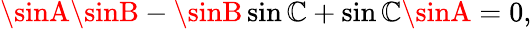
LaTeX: \sinA\sinB-\sinB\sin\mathbb{C}+\sin\mathbb{C}\sinA=0,